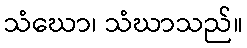
သံဃော၊ သံဃာသည်။